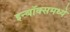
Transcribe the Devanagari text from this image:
इन्बॉक्समध्ये